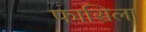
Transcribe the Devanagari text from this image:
फासिला